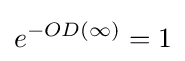
e^{-OD(\infty )}=1